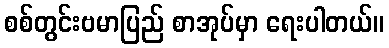
စစ်တွင်းဗမာပြည် စာအုပ်မှာ ရေးပါတယ်။